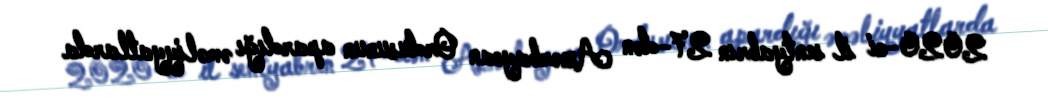
2020-ci il sentyabrın 27-dən Azərbaycan Ordusunun apardığı əməliyyatlarda